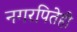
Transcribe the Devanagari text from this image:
नगरपितेही